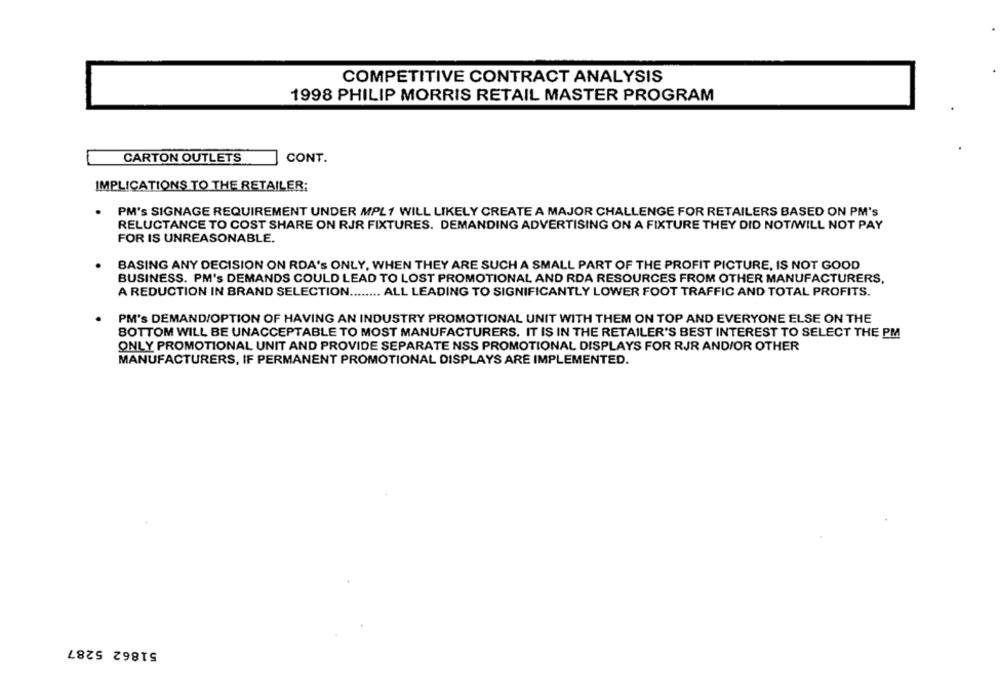
COMPETITIVE CONTRACT ANALYSIS
1998 PHILIP MORRIS RETAIL MASTER PROGRAM
CARTON OUTLETS
CONT.
IMPLICATIONS TO THE RETAILER:
.
PM's SIGNAGE REQUIREMENT UNDER MPL1 WILL LIKELY CREATE A MAJOR CHALLENGE FOR RETAILERS BASED ON PM's
RELUCTANCE TO COST SHARE ON RJR FIXTURES. DEMANDING ADVERTISING ON A FIXTURE THEY DID NOT/WILL NOT PAY
FOR IS UNREASONABLE.
BASING ANY DECISION ON RDA'S ONLY, WHEN THEY ARE SUCH A SMALL PART OF THE PROFIT PICTURE, IS NOT GOOD
BUSINESS. PM's DEMANDS COULD LEAD TO LOST PROMOTIONAL AND RDA RESOURCES FROM OTHER MANUFACTURERS,
A REDUCTION IN BRAND SELECTION ...
...... ALL LEADING TO SIGNIFICANTLY LOWER FOOT TRAFFIC AND TOTAL PROFITS.
PM's DEMAND/OPTION OF HAVING AN INDUSTRY PROMOTIONAL UNIT WITH THEM ON TOP AND EVERYONE ELSE ON THE
BOTTOM WILL BE UNACCEPTABLE TO MOST MANUFACTURERS. IT IS IN THE RETAILER'S BEST INTEREST TO SELECT THE PM
ONLY PROMOTIONAL UNIT AND PROVIDE SEPARATE NSS PROMOTIONAL DISPLAYS FOR RJR AND/OR OTHER
MANUFACTURERS, IF PERMANENT PROMOTIONAL DISPLAYS ARE IMPLEMENTED.
51862 5287